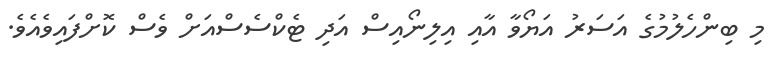
މި ބިންހެލުމުގެ އަސަރު އަޔޯވާ އާއި އިލިނޯއިސް އަދި ޓެކްސެސްއަށް ވެސް ކޮށްފައިވެއެވެ.